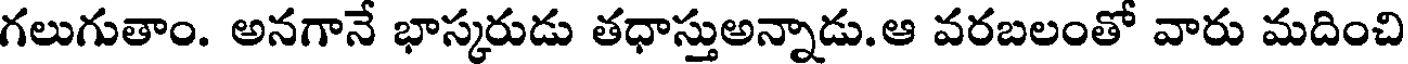
గలుగుతాం. అనగానే భాస్కరుడు తధాస్తుఅన్నాడు.ఆ వరబలంతో వారు మదించి